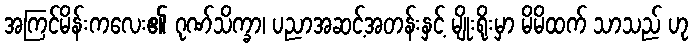
အကြင်မိန်းကလေး၏ ဂုဏ်သိက္ခာ၊ ပညာအဆင့်အတန်းနှင့် မျိုးရိုးမှာ မိမိထက် သာသည် ဟု